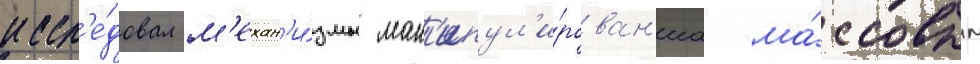
иссл'е́довал м'ехан'и́змы ман'ипул'и́рован'иа ма́ссовым